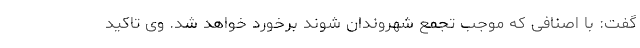
گفت: با اصنافی که موجب تجمع شهروندان شوند برخورد خواهد شد. وی تاکید